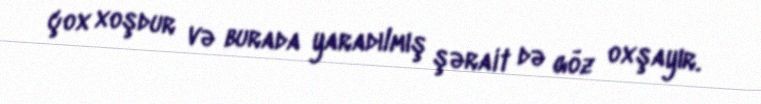
çox xoşdur və burada yaradılmış şərait də göz oxşayır.